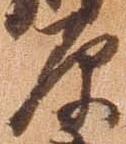
原